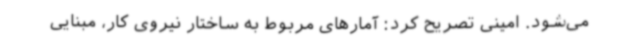
می‌شود. امینی تصریح کرد: آمارهای مربوط به ساختار نیروی ‌کار، مبنایی